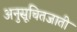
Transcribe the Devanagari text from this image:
अनुसूचितजाती